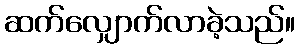
ဆက်လျှောက်လာခဲ့သည်။